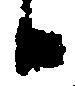
候